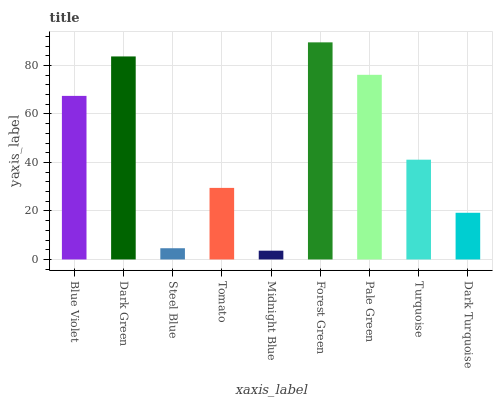
| xaxis_label | bars |
 | --- | --- |
 | Blue Violet | 67.5 |
 | Dark Green | 83.7 |
 | Steel Blue | 4.63 |
 | Tomato | 29.5 |
 | Midnight Blue | 3.62 |
 | Forest Green | 89.5 |
 | Pale Green | 76.2 |
 | Turquoise | 41.2 |
 | Dark Turquoise | 19.3 |